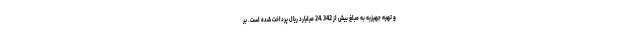
و تهیه جهیزیه به مبلغ بیش از 24.342 میلیارد ریال پرداخت شده است. بر